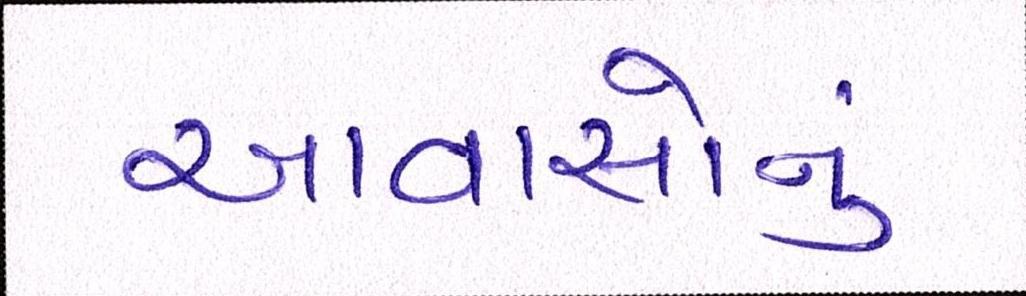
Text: આવાસોનું